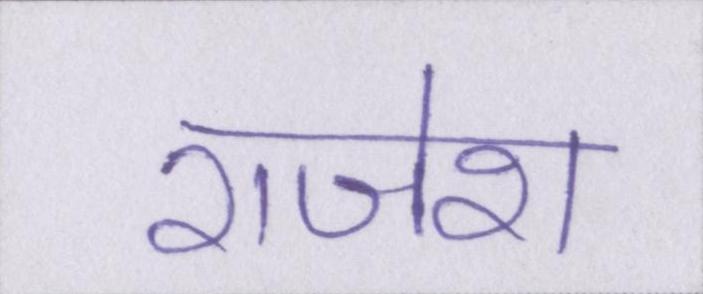
राजेश